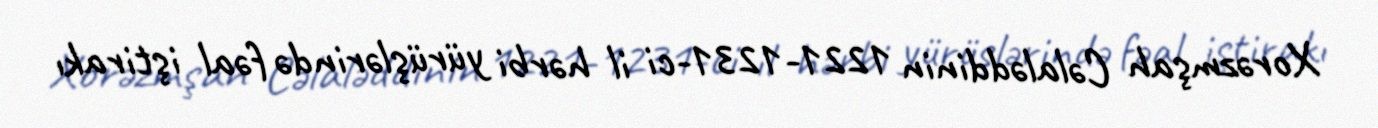
Xorəzmşah Cəlaləddinin 1221-1231-ci il hərbi yürüşlərində fəal iştirakı